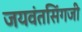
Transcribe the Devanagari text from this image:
जयवंतसिंगजी